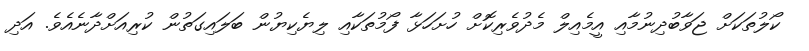
ކޯލުތަކަށް ޖަވާބުދިނުމާއި އީމެއިލް މެދުވެރިކޮށް ހުށަހަޅާ ފޯމުތަކާއި ލިޔެކިޔުން ބަލައިގަތުން ކުރިއަށްދާނެއެވެ. އަދި